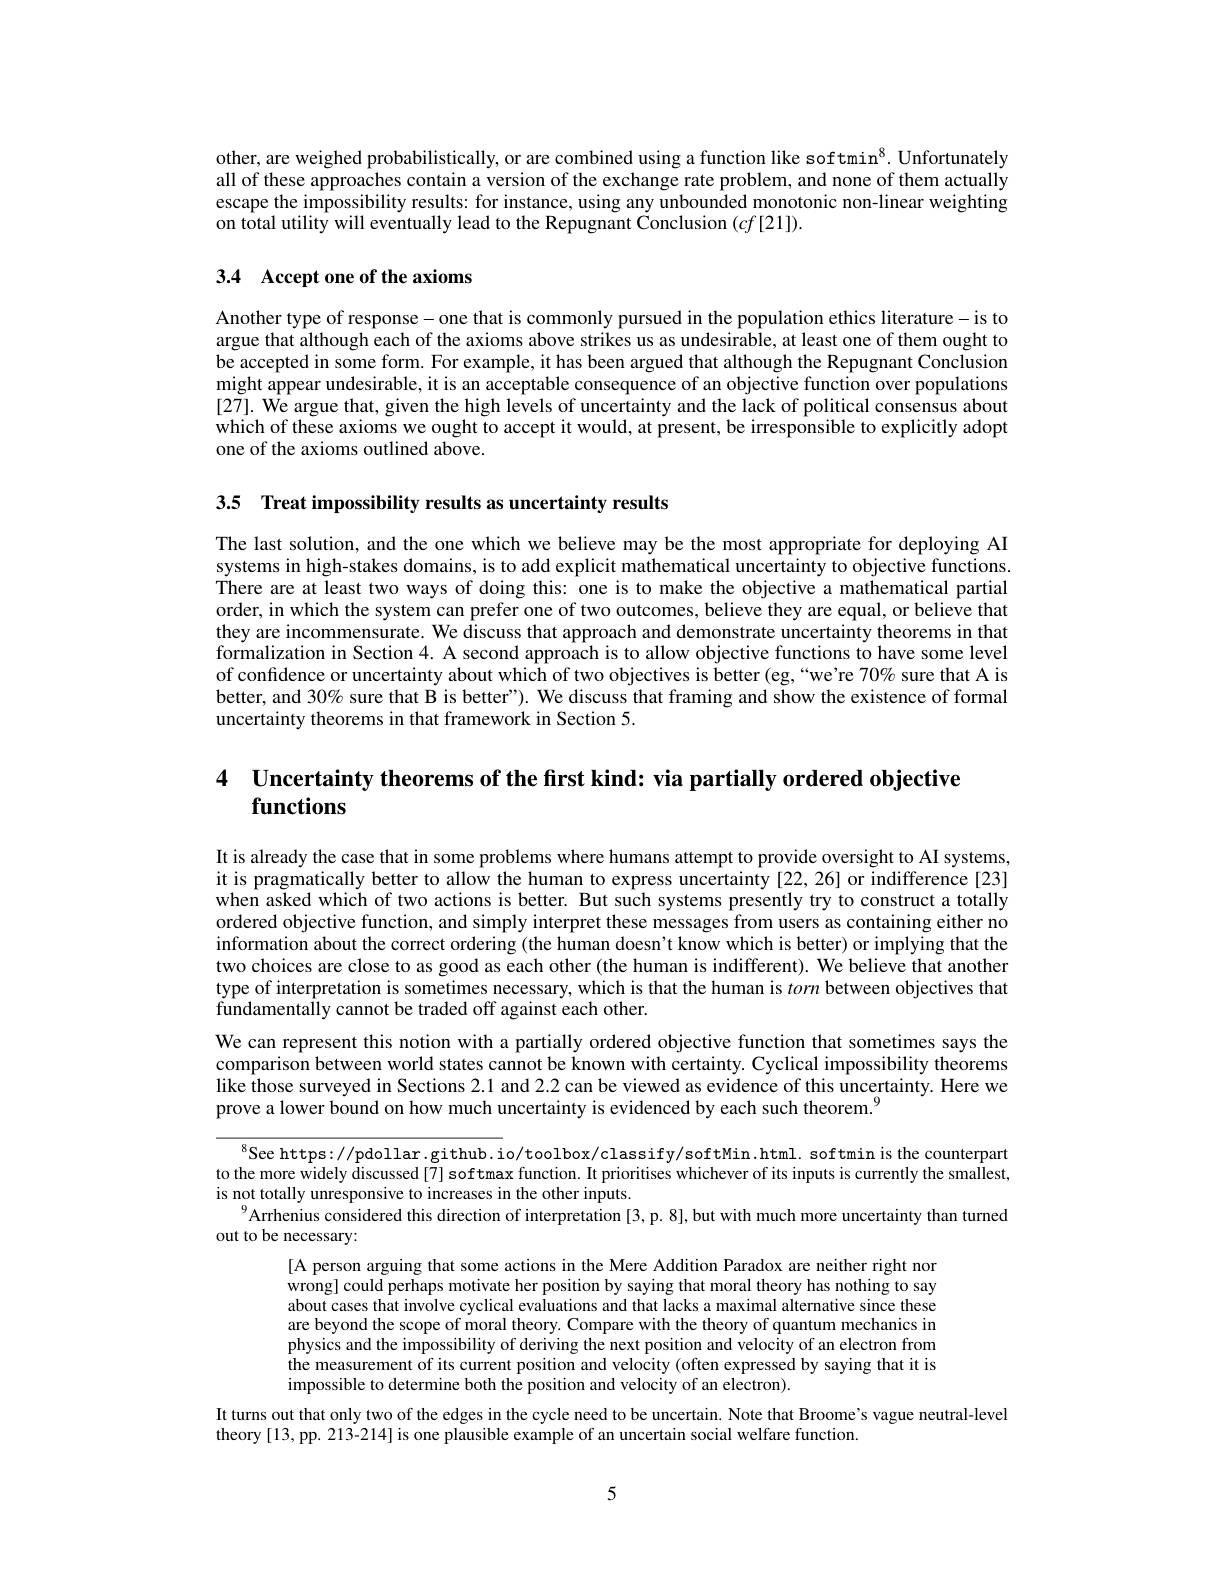
other, are weighed probabilistically, or are combined using a function like softmin$^8.$ Unfortunately all of these approaches contain a version of the exchange rate problem, and none of them actually escape the impossibility results: for instance, using any unbounded monotonic non-linear weighting $\hat{\text{on total utility will eventually lead to the Repugnant Conclusion }}(cf[21]).$

## 3.4 Accept one of the axioms

Another type of response- one that is commonly pursued in the population ethics literature- is to argue that although each of the axioms above strikes us as undesirable, at least one of them ought to be accepted in some form. For example, it has been argued that although the Repugnant Conclusion might appear undesirable, it is an acceptable consequence of an objective function over populations [27]. We argue that, given the high levels of uncertainty and the lack of political consensus about which of these axioms we ought to accept it would, at present, be irresponsible to explicitly adopt one of the axioms outlined above.

3.5 Treat impossibility results as uncertainty results

The last solution, and the one which we believe may be the most appropriate for deploying AI systems in high-stakes domains, is to add explicit mathematical uncertainty to objective functions There are at least two ways of doing this: one is to make the objective a mathematical partial order, in which the system can prefer one of two outcomes, believe they are equal, or believe that they are incommensurate. We discuss that approach and demonstrate uncertainty theorems in that $\dot{\text{formalization in Section 4. A second approach is to allow objective functions to have some level}}$ of confidence or uncertainty about which of two objectives is better (eg,“we're 70% sure that A is better, and 30% sure that B is better"). We discuss that framing and show the existence of formal uncertainty theorems in that framework in Section 5.

4 $\textbf{Uncertainty theorems of the first kind: via partially ordered objective}$
# functions

It is already the case that in some problems where humans attempt to provide oversight to AI systems, it is pragmatically better to allow the human to express uncertainty [22,26] or indifference[23] when asked which of two actions is better. But such systems presently try to construct a totally ordered objective function, and simply interpret these messages from users as containing either no information about the correct ordering (the human doesn't know which is better) or implying that the two choices are close to as good as each other (the human is indifferent). We believe that another type of interpretation is sometimes necessary, which is that the human is torn between objectives that fundamentally cannot be traded off against each other.

We can represent this notion with a partially ordered objective function that sometimes says the comparison between world states cannot be known with certainty. Cyclical impossibility theorems like those surveyed in Sections 2.1 and 2.2 can be viewed as evidence of this uncertainty. Here we prove a lower bound on how much uncertainty is evidenced by each such theorem.$^{(\mathrm{m})}$

$^{8}$See https://pdollar.github.io/toolbox/classify/softMin.html.softminis the counterpart to the more widely discussed [7] softmax function. It prioritises whichever of its inputs is currently the smallest, is not totally unresponsive to increases in the other inputs.
$^{9}$Arrhenius considered this direction of interpretation [3,p.8],but with much more uncertainty than turned
out to be necessary:

[A person arguing that some actions in the Mere Addition Paradox are neither right nor wrong] could perhaps motivate her position by saying that moral theory has nothing to say about cases that involve cyclical evaluations and that lacks a maximal alternative since these are beyond the scope of moral theory. Compare with the theory of quantum mechanics in physics and the impossibility of deriving the next position and velocity of an electron from the measurement of its current position and velocity (often expressed by saying that it is impossible to determine both the position and velocity of an electron).
It turns out that only two of the edges in the cycle need to be uncertain. Note that Broome's vague neutral-level

theory [13, pp. 213-214] is one plausible example of an uncertain social welfare function.

5